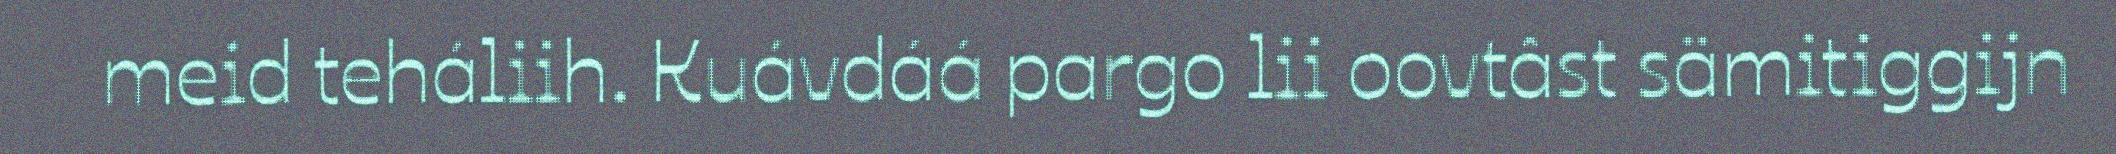
meid teháliih. Kuávdáá pargo lii oovtâst sämitiggijn